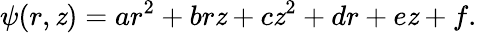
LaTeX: \psi(r,\mathit{z})=ar^{2}+br\mathit{z}+c\mathit{z}^{2}+dr+e\mathit{z}+f.